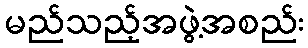
မည်သည့်အဖွဲ့အစည်း